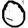
Digit: 0